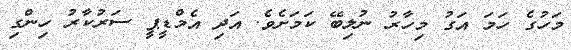
މަހުގެ ހަމަ އަގު މިހާރު ނުލިބޭ ކަމަށެވެ. އަދި އެމްޑީޕީ ސަރުކާރު ހިންގި